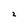
Character: 2